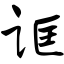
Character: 诓